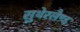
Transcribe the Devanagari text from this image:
सुथेरलैण्ड